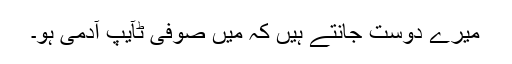
میرے دوست جانتے ہیں کہ میں صوفی ٹآیپ آدمی ہو۔